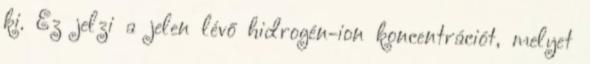
ki. Ez jelzi a jelen lévő hidrogén-ion koncentrációt, melyet